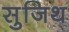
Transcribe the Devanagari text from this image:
सुजिथ